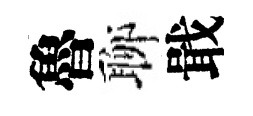
魯聊戢